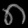
Digit: ၈